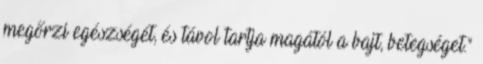
megőrzi egészségét, és távol tartja magától a bajt, betegséget."